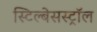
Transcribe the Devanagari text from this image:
स्टिल्बेसस्ट्रॉल